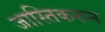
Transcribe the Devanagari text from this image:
जास्तिकरुन